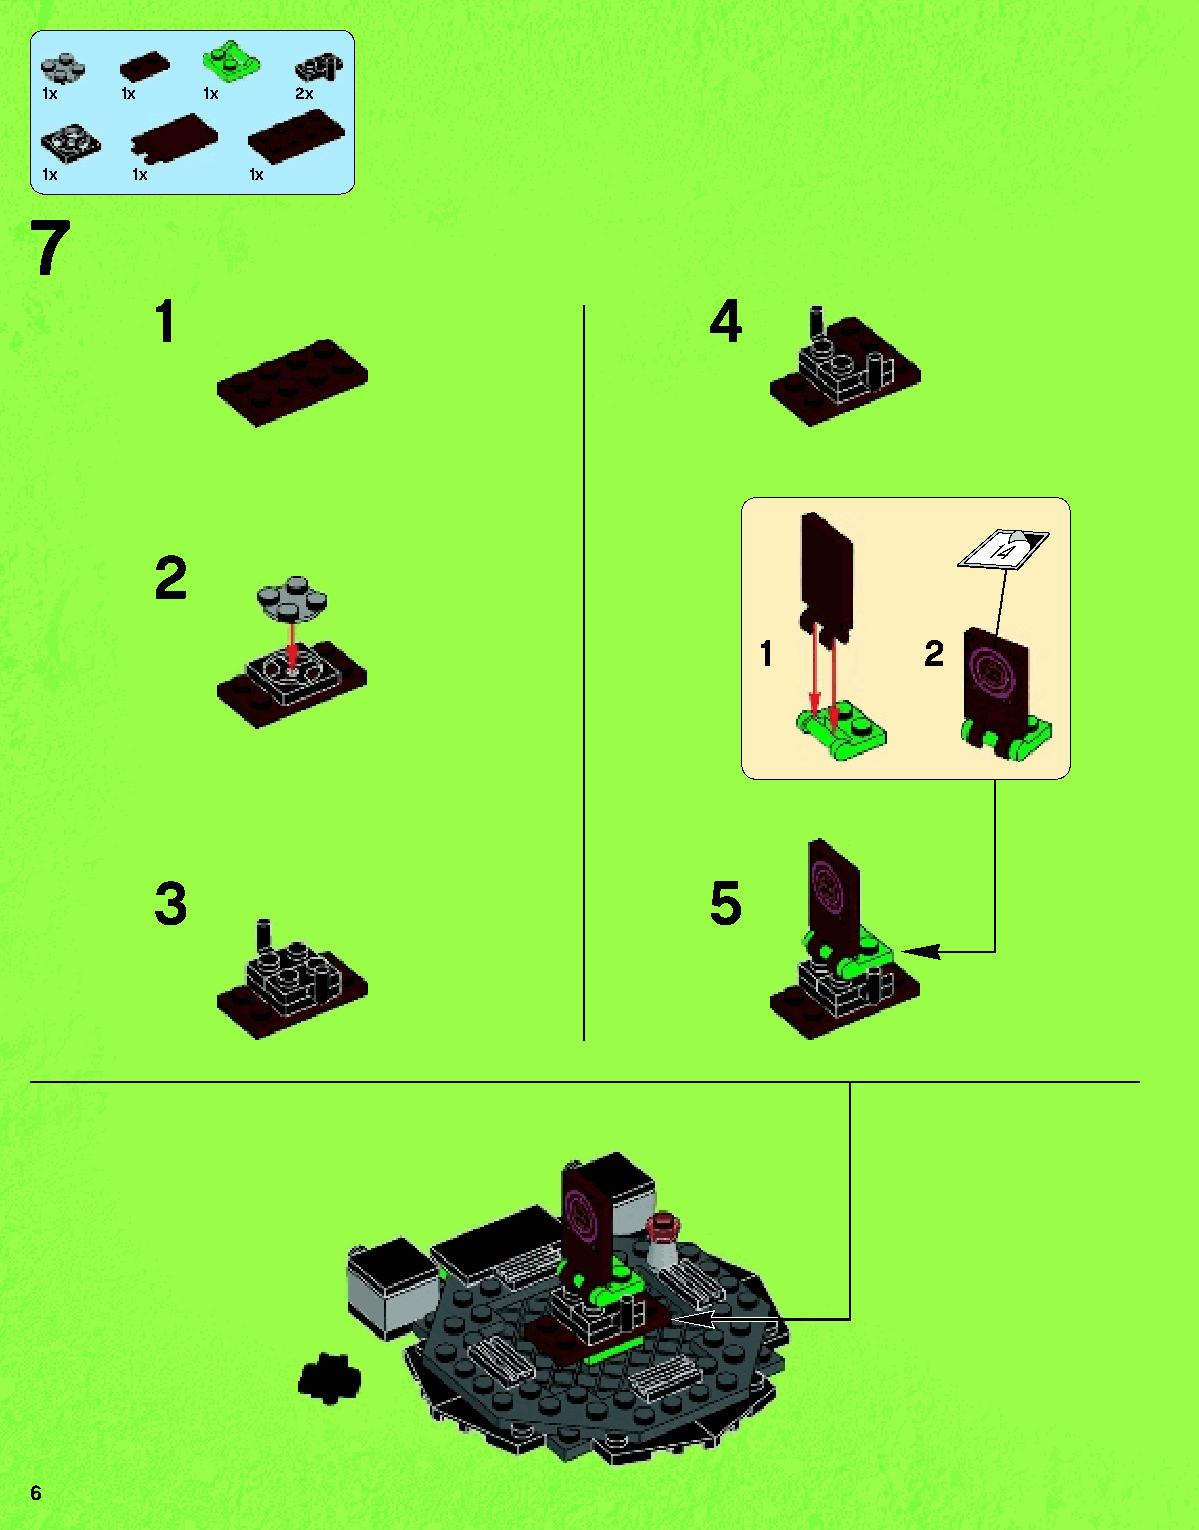
1x 1x    1x    2x
 1x  1x      1x
 7
 1                                    4
 14
 2
 1          2
 3                                    5
 6
 79117_Book1.indd 6                                                01/11/2013 4:31 PM